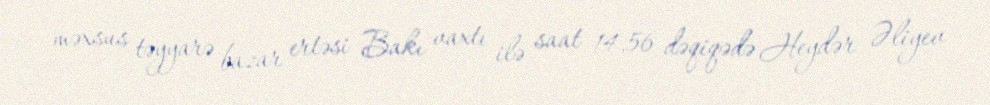
məxsus təyyarə bazar ertəsi Bakı vaxtı ilə saat 14.56 dəqiqədə Heydər Əliyev